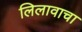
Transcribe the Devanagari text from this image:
लिलावाचा